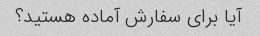
آیا برای سفارش آماده هستید؟